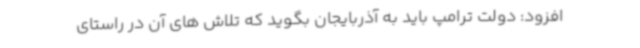
افزود: دولت ترامپ باید به آذربایجان بگوید که تلاش های آن در راستای